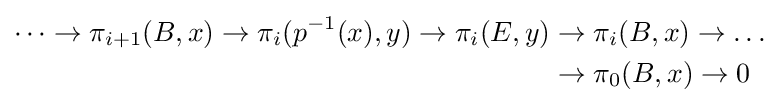
{\begin{aligned}\dots \to \pi _{i+1}(B,x)\to \pi _{i}(p^{-1}(x),y)\to \pi _{i}(E,y)&\to \pi _{i}(B,x)\to \dots \\&\to \pi _{0}(B,x)\to 0\end{aligned}}